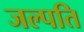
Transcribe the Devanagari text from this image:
जल्पति